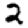
Digit: 2